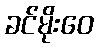
ခင်မိုးဝေ